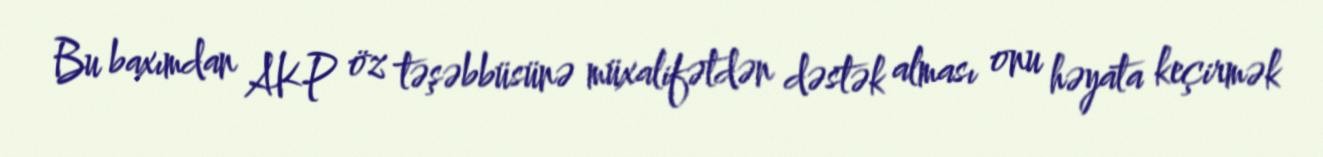
Bu baxımdan AKP öz təşəbbüsünə müxalifətdən dəstək alması onu həyata keçirmək